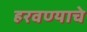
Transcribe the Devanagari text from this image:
हरवण्याचे